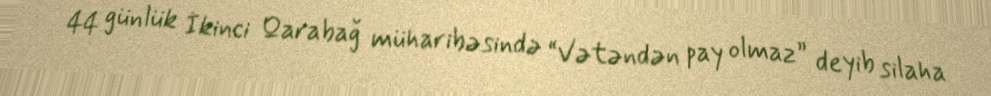
44 günlük İkinci Qarabağ müharibəsində “Vətəndən pay olmaz” deyib silaha